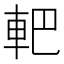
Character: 𨊹